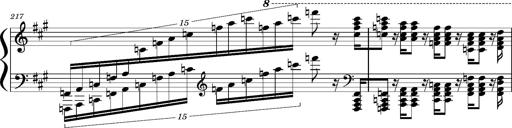
Title: Concerto sans orchestre, S.524a
Composer: Franz Liszt
Key: A major